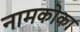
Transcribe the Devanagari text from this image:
नामकोका